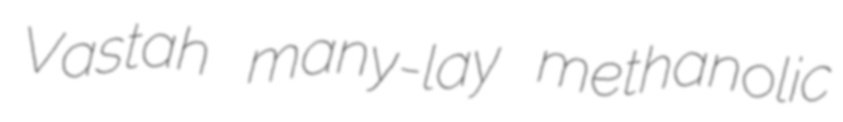
Vastah many-lay methanolic